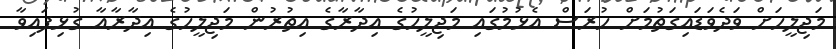
މަޖިލީހަށް ވަދެވަޑައިގަތުމަށް ހުރަސް އެޅުމުގައި މަޖިލީހުގެ އިދާރާގެ އިތުރުން މަޖިލީހުގެ އިދާރާއާ ގުޅިފައިވާ